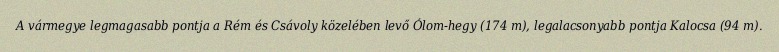
A vármegye legmagasabb pontja a Rém és Csávoly közelében levő Ólom-hegy (174 m), legalacsonyabb pontja Kalocsa (94 m).